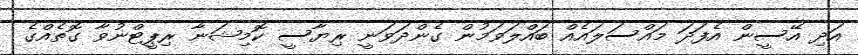
އަދި އޭސީން އެފަދަ މައްސަލައެއް ބައްލަވަމުން ގެންދަވަނީ ރިޔާސީ ކޮމިޝަނާ ރިޕީޓްނުވާ ގޮތެއްގެ